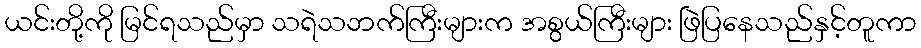
ယင်းတို့ကို မြင်ရသည်မှာ သရဲသဘက်ကြီးများက အစွယ်ကြီးများ ဖြဲပြနေသည်နှင့်တူကာ